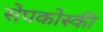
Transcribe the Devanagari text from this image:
सेपकोस्की